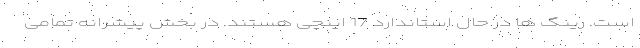
است. رینگ ها در حال استاندارد 17 اینچی هستند. در بخش پیشرانه تمامی